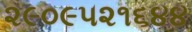
૨૯૦૯૫૨૧૬૪૪